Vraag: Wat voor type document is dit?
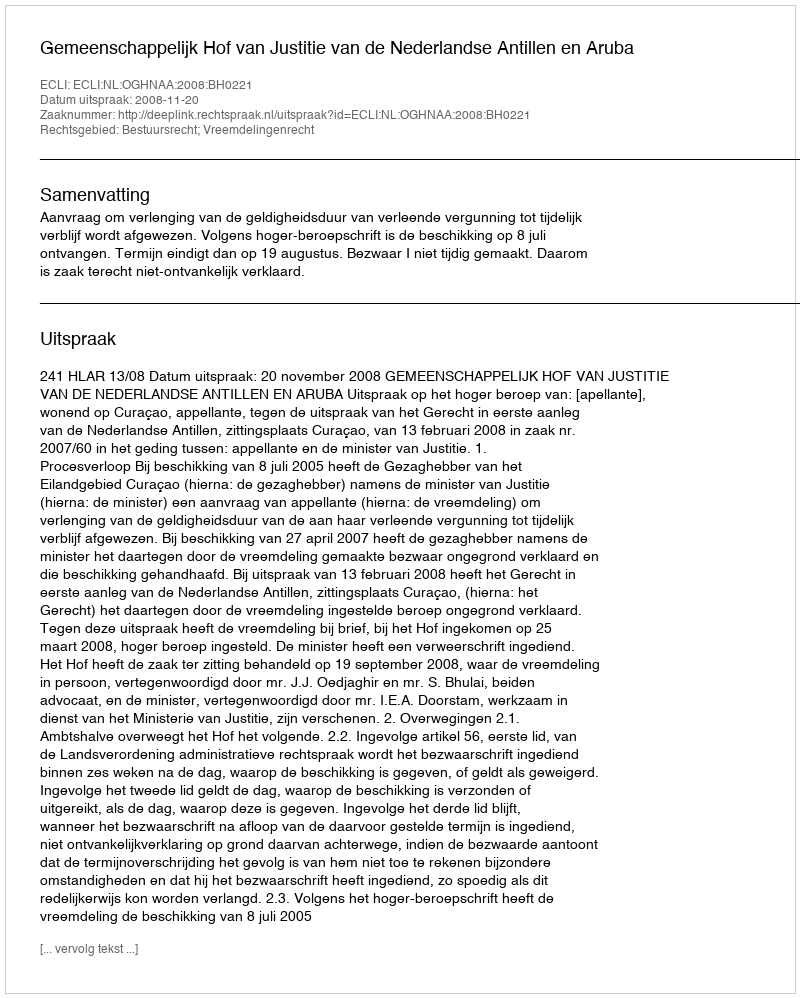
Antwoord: Uitspraak